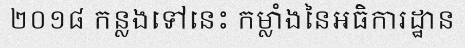
២០១៨ កន្លងទៅនេះ កម្លាំងនៃអធិការដ្ឋាន